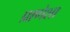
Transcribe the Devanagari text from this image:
प्राणेशा